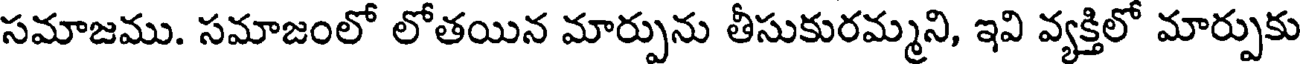
సమాజము. సమాజంలో లోతయిన మార్పును తీసుకురమ్మని, ఇవి వ్యక్తిలో మార్పుకు